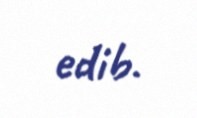
edib.